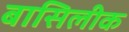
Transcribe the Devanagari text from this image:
बासिलीक